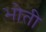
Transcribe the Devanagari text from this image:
भोती